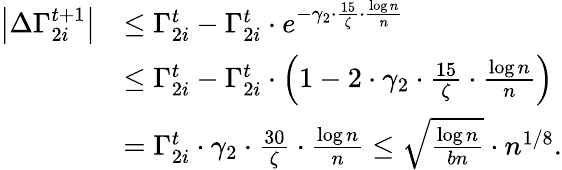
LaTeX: \begin{array}{rl}{\left|\Delta\Gamma_{2i}^{t+1}\right|}&{\leq\Gamma_{2i}^{t}-\Gamma_{2i}^{t}\cdot e^{-\gamma_{2}\cdot\frac{15}{\zeta}\cdot\frac{\log n}{n}}}\\ &{\leq\Gamma_{2i}^{t}-\Gamma_{2i}^{t}\cdot\left(1-2\cdot\gamma_{2}\cdot\frac{15}{\zeta}\cdot\frac{\log n}{n}\right)}\\ &{=\Gamma_{2i}^{t}\cdot\gamma_{2}\cdot\frac{30}{\zeta}\cdot\frac{\log n}{n}\leq\sqrt{\frac{\log n}{bn}}\cdot n^{1/8}.}\end{array}